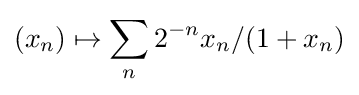
(x_{n})\mapsto \sum _{n}{2^{-n}x_{n}/(1+x_{n})}